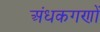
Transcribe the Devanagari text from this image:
अंधकगणों